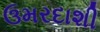
ઉમરદાશી